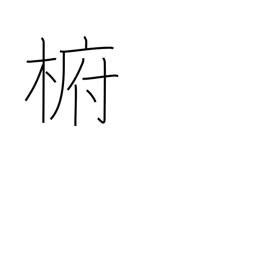
Meaning: type of evergreen camphor tree